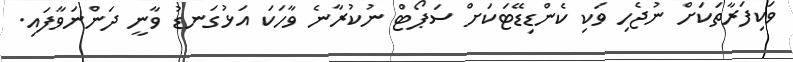
ވަކިފަރާތަކަށް ނުޖެހި ވަކި ކެންޑިޑޭޓަކަށް ސަޕޯޓް ނުކުރާނެ ވާހަކަ އަޅުގަނޑު ވާނީ ދަންނަވާފައި.